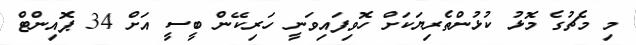
މި މެޗުގެ މޮޅު ކުޅުންތެރިޔަކަށް ހޮވިފައިވަނީ ހަރިކޭން ބީސީ އަށް 34 ޕޮއިންޓް